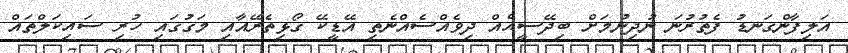
އަލިފާންގަނޑު ފެތުރުނަ ނުދިނުމަށް ބިދޭސީއެއް ދިވެއްސެއްނެތި އޭޑީކޭ ގޯޅިތެރޭއާއި މަގުގައި ހުރި ސައިކަލްތައް